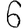
Digit: 6